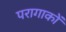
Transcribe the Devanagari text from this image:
परागाकों